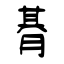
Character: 朞